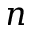
n